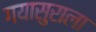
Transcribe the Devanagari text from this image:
गयासुराला